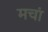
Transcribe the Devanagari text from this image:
मचां